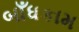
બાઁધકામ